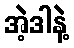
အဲ့ဒါနဲ့